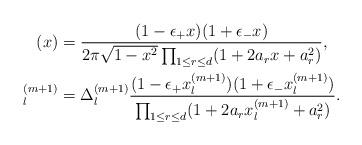
LaTeX: \begin{align*}(x) &= \frac{(1-\epsilon_+ x)(1+\epsilon_- x)}{2\pi \sqrt{1-x^2} \prod_{1\leq r\leq d} (1+2a_r x+a_r^2)} , \\^{(m+1)}_l& = \Delta_l^{(m+1)} \frac{ (1-\epsilon_+ x^{(m+1)}_l)(1+\epsilon_- x^{(m+1)}_l) }{ \prod_{1\leq r\leq d} (1+2a_r x^{(m+1)}_l+a_r^2)}.\end{align*}